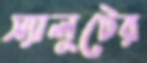
স্যালুটের